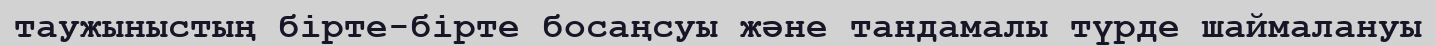
таужыныстың бірте-бірте босаңсуы және тандамалы түрде шаймалануы